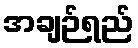
အချဉ်ရည်